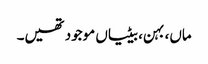
ماں، بہن، بیٹیاں موجود تھیں۔